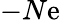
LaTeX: -N\mathrm{e}